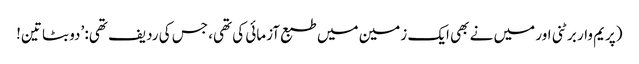
(پریم وار برٹنی اور میں نے بھی ایک زمین میں طبع آزمائی کی تھی، جس کی ردیف تھی: ’دو بٹا تین!